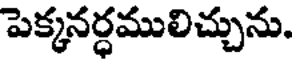
పెక్కనర్ధములిచ్చును.